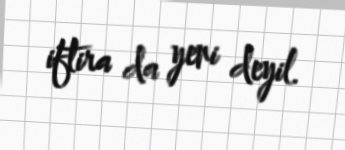
iftira da yeni deyil.